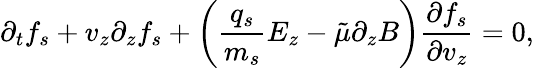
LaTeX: \partial_{t}f_{s}+v_{z}\partial_{z}f_{s}+\left(\frac{q_{s}}{m_{s}}E_{z}-\tilde{\mu}\partial_{z}B\right)\frac{\partial f_{s}}{\partial v_{z}}=0,